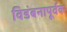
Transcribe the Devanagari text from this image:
विडंबनापूर्वक